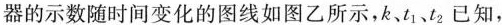
器的示数随时间变化的图线如图乙所示，k、t_{1}、t_{2}已知，